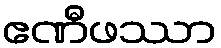
ဧဏီဖဿာ